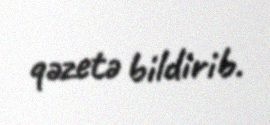
qəzetə bildirib.